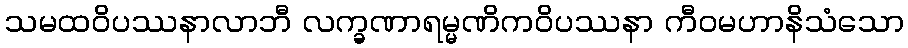
သမထဝိပဿနာလာဘီ လက္ခဏာရမ္မဏိကဝိပဿနာ ကီဝမဟာနိသံသော